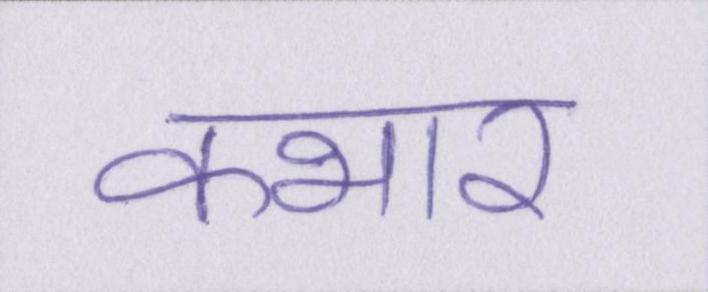
कभार